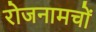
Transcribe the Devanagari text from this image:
रोजनामचों